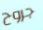
جروح